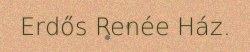
Erdős Renée Ház.